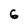
Character: 6